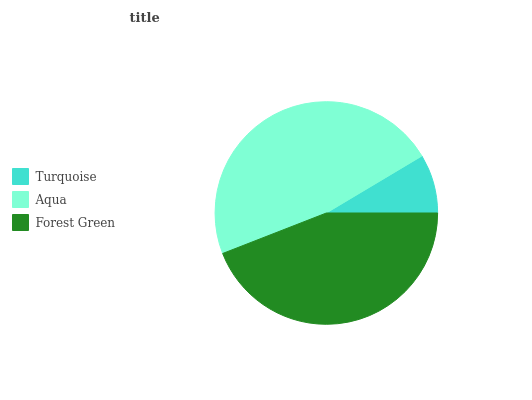
| Turquoise | Aqua | Forest Green |
 | --- | --- | --- |
 | 8.56% | 47.4% | 44.1% |